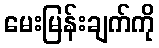
မေးမြန်းချက်ကို